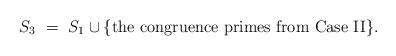
LaTeX: \begin{align*}S_3 \ = \ S_1 \cup \{\mbox{the congruence primes from {\rm Case II}} \}.\end{align*}